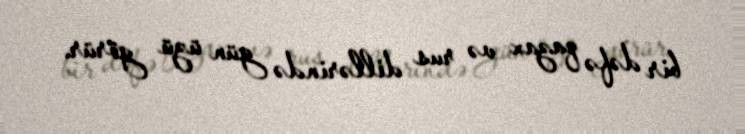
bir dəfə qazax və rus dillərində gün üzü görür.